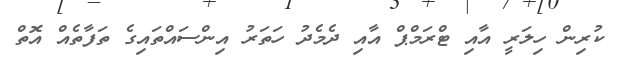
ކުރިން ހިލަރީ އާއި ޓްރަމްޕް އާއި ދެމެދު ހަތަރު އިންސައްތައިގެ ތަފާތެއް އޮތް